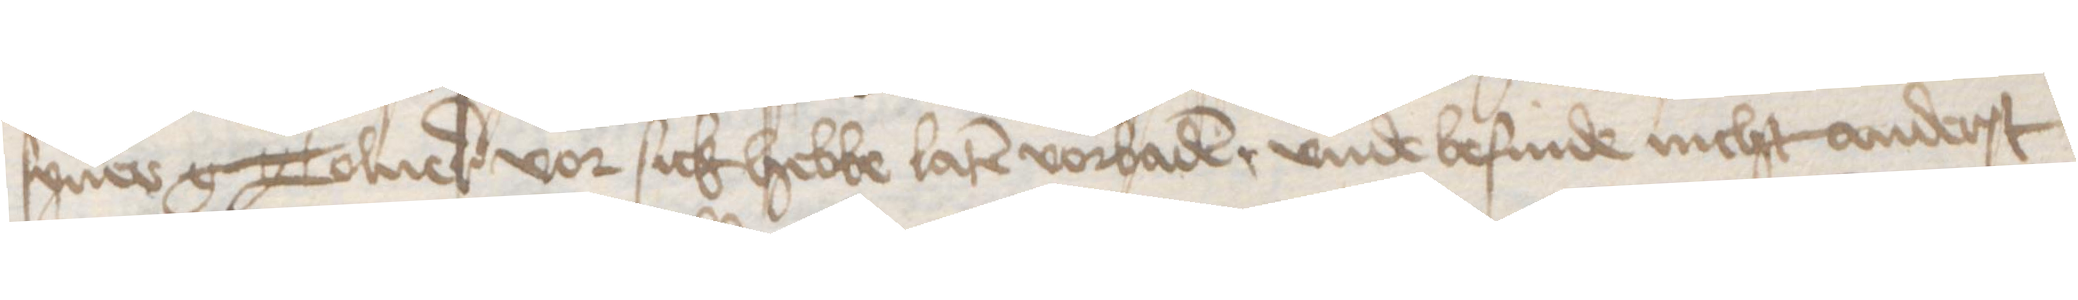
syner g Tolner vor sick hebbe laten vorbaden, vnde befinde nicht anderst